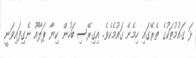
ޅަ ގައުމުތަކުގެ ތެރޭގައި ހިމެނޭ ގައުމެކެވެ. އިގިރޭސި ބަހުން ކިޔާ ޕަލާއޫ ނެގިފައިވަނީ